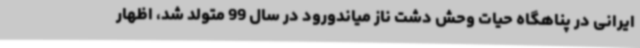
ایرانی در پناهگاه حیات وحش دشت ناز میاندورود در سال 99 متولد شد، اظهار